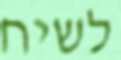
לשיח